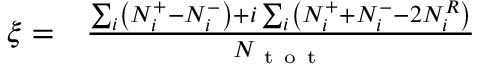
\begin{array} { r l } { \xi = } & { { } \frac { \sum _ { i } \left( N _ { i } ^ { + } - N _ { i } ^ { - } \right) + i \sum _ { i } \left( N _ { i } ^ { + } + N _ { i } ^ { - } - 2 N _ { i } ^ { R } \right) } { N _ { \mathrm { ~ t ~ o ~ t ~ } } } } \end{array}